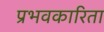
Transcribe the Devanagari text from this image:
प्रभवकारिता